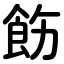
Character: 飭